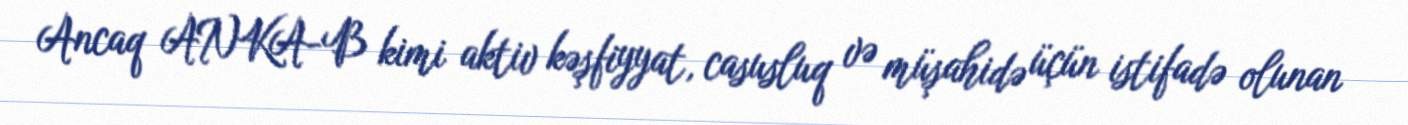
Ancaq ANKA-B kimi aktiv kəşfiyyat, casusluq və müşahidə üçün istifadə olunan